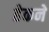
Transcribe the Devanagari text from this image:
हेकने